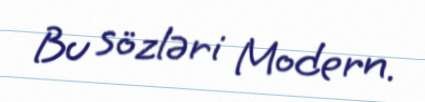
Bu sözləri Modern.